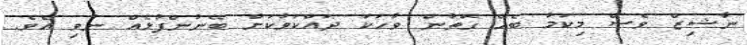
ނާޝިޒް ވެސް މިކަމާ ބެހޭ ގޮތުން ވާހަކަ ދައްކަވާކަށް ބޭނުންފުޅެއް ނުވި އެވެ.